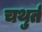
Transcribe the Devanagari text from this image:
चथुर्त